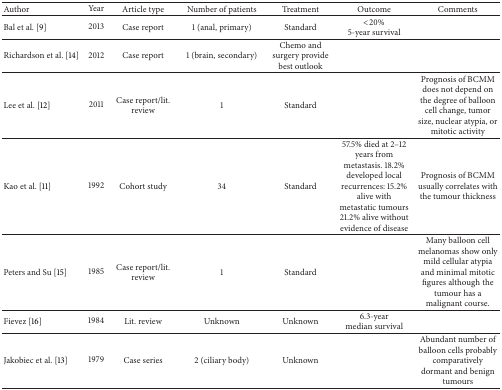
<table><thead><tr><td><b>Author</b></td><td><b>Year </b></td><td><b>Article type</b></td><td><b>Number of patients</b></td><td><b>Treatment </b></td><td><b>Outcome</b></td><td><b>Comments</b></td></tr></thead><tbody><tr><td>Bal et al. [9]</td><td>2013</td><td>Case report</td><td>1 (anal, primary)</td><td>Standard</td><td>&lt;20% 5-year survival</td><td> </td></tr><tr><td>Richardson et al. [14]</td><td>2012</td><td>Case report</td><td>1 (brain, secondary)</td><td>Chemo and surgery provide best outlook</td><td> </td><td> </td></tr><tr><td>Lee et al. [12]</td><td>2011</td><td>Case report/lit. review</td><td>1</td><td>Standard</td><td> </td><td>Prognosis of BCMM does not depend on the degree of balloon cell change, tumor size, nuclear atypia, or mitotic activity</td></tr><tr><td>Kao et al. [11]</td><td>1992</td><td>Cohort study</td><td>34</td><td>Standard</td><td>57.5% died at 2–12 years from metastasis. 18.2% developed local recurrences: 15.2% alive with metastatic tumours 21.2% alive without evidence of disease</td><td>Prognosis of BCMM usually correlates with the tumour thickness</td></tr><tr><td>Peters and Su [15]</td><td>1985</td><td>Case report/lit. review</td><td>1</td><td>Standard</td><td> </td><td>Many balloon cell melanomas show only mild cellular atypia and minimal mitotic figures although the tumour has a malignant course.</td></tr><tr><td>Fievez [16]</td><td>1984</td><td>Lit. review</td><td>Unknown</td><td>Unknown</td><td>6.3-year median survival</td><td> </td></tr><tr><td>Jakobiec et al. [13]</td><td>1979</td><td>Case series</td><td>2 (ciliary body)</td><td>Unknown</td><td> </td><td>Abundant number of balloon cells probably comparatively dormant and benign tumours</td></tr></tbody></table>